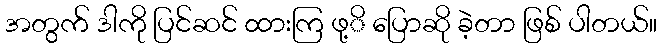
အတွက် ဒါကို ပြင်ဆင် ထားကြ ဖု့ိ ပြောဆို ခဲ့တာ ဖြစ် ပါတယ်။